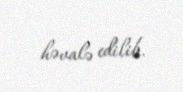
həvalə edilib.